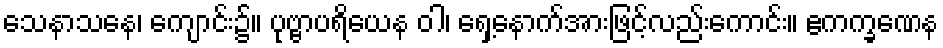
သေနာသနေ၊ ကျောင်း၌။ ပုဗ္ဗာပရိယေန ဝါ၊ ရှေ့နောက်အားဖြင့်လည်းကောင်း။ ဧကက္ခဏေန